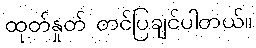
ထုတ်နှုတ် တင်ပြချင်ပါတယ်။